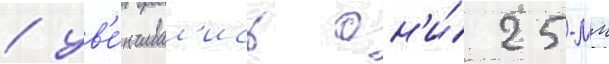
/ ув'е́нчивал'ись он'и́ 25-мм